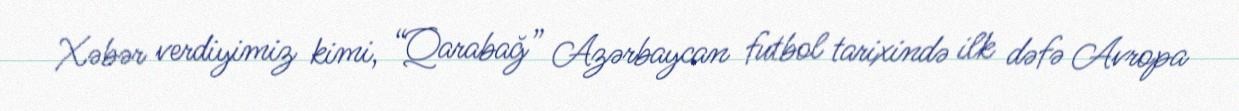
Xəbər verdiyimiz kimi, “Qarabağ” Azərbaycan futbol tarixində ilk dəfə Avropa